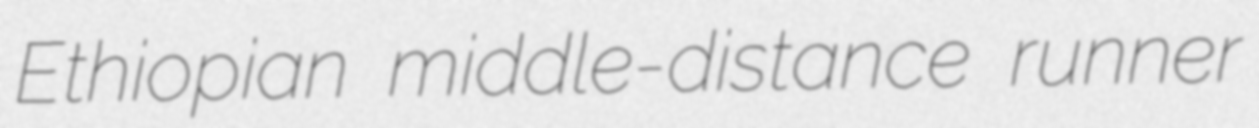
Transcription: Ethiopian middle-distance runner